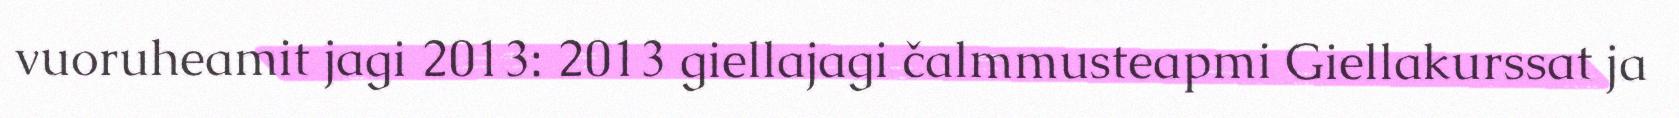
vuoruheamit jagi 2013: 2013 giellajagi čalmmusteapmi Giellakurssat ja